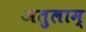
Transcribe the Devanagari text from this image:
अतुलाम्